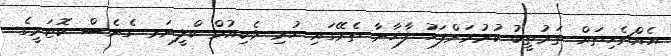
އެއްޗެހިތައް ތަރުތީބު ކުރުމަށްފަހު ފާޚާނާ ތެރޭގައި ހުރި ވެކިއުމް ކްލީނަރ ގެނެސް ކޮޓަރީގެ